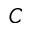
C